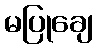
မပြုချေ